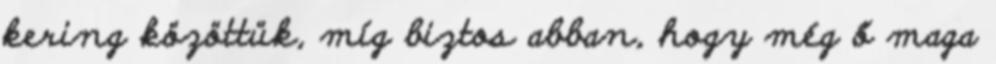
kering közöttük, míg biztos abban, hogy még ő maga